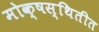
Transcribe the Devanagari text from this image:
मोक्षस्थितीत